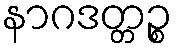
နာဂဒတ္တဉ္စ